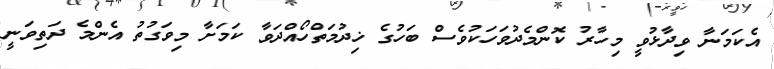
އެކަމަނާ ވިދާޅުވީ މިހާރު ކޮންމެދުވަހަކުވެސް ބަހުގެ ޚިދުމަތްހޯއްދަވާ ކަމަށާ މިވަގުތު އެންމެ ދަތިވަނީ